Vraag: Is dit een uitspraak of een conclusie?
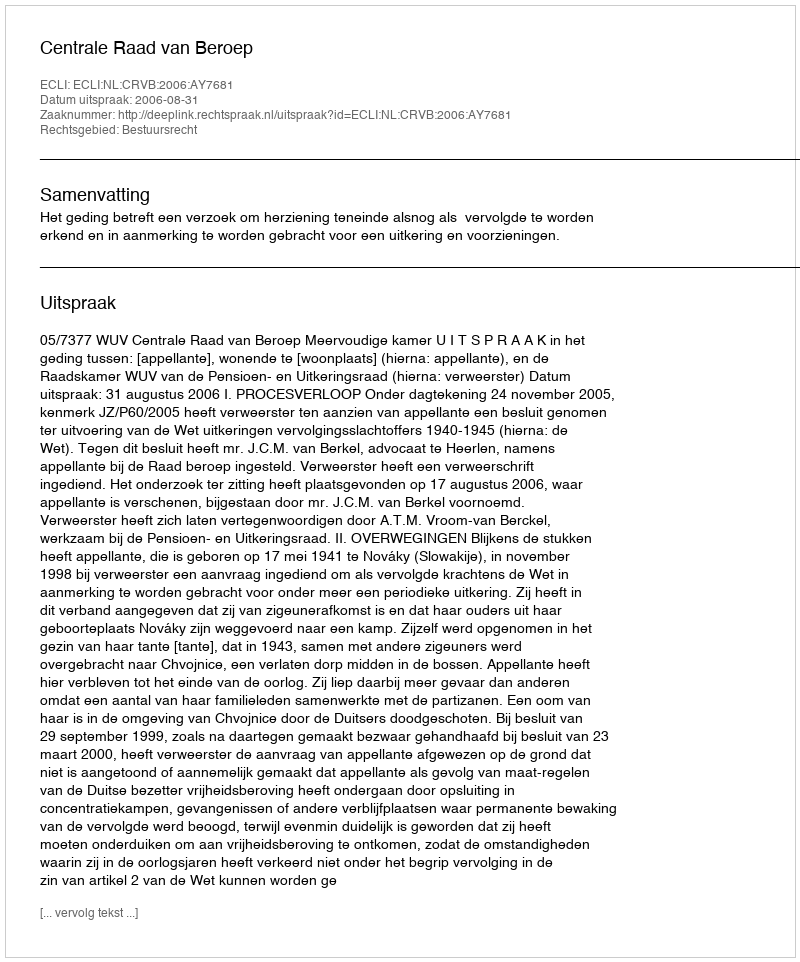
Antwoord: Uitspraak